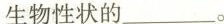
生物性状的___。